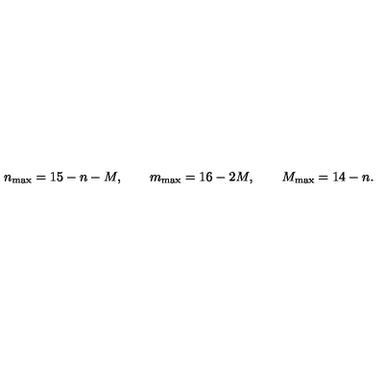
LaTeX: n _ { \mathrm { m a x } } = 1 5 - n - M , \qquad m _ { \mathrm { m a x } } = 1 6 - 2 M , \qquad M _ { \mathrm { m a x } } = 1 4 - n .